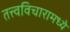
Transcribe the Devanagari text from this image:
तत्त्वविचारामध्ये